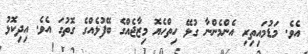
އެވެ. މަޑުމައިތިރި އެންމެންނާ ގުޅޭ ހިތްހެޔޮ މިޒާޖެއްގެ ބޭފުޅެއްގެ ގޮތުގަ އެވެ. އިދިކޮޅު